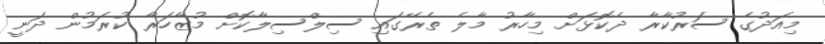
މިއަދުގެ ސަރުކާރާ ދެކޮޅަށް މިހާރު މާލެ ތެރޭގައި ސިލްސިލާކޮށް މުޒާހަރާ ކުރަމުން ދަނީ